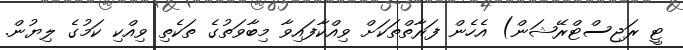
ޓީ ރަޖިސްޓްރޭޝަން) އެހެން ފަރާތްތަކަށް ވިއްކާފައިވާ މިބާވަތުގެ ތަކެތި ވިއްކި ކަމުގެ ލިޔުން.